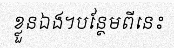
ខ្លួនឯង។បន្ថែមពីនេះ